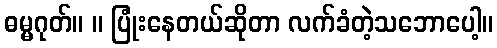
ဓမ္မဂုတ်။ ။ ပြုံးနေတယ်ဆိုတာ လက်ခံတဲ့သဘောပေါ့။